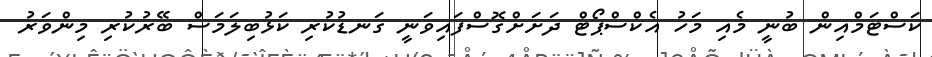
ކަސްޓަމްއިން ބުނީ މެއި މަހު އެކްސްޕޯޓް ދަށަށްގޮސްފައިވަނީ ގަނޑުކުރި ކަޅުބިލަމަސް ބޭރުކުރި މިންވަރު